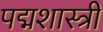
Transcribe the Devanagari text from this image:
पद्मशास्त्री